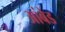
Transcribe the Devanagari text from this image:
आंबेड